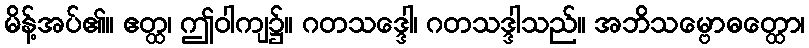
မိန့်အပ်၏။ ဧတ္ထ၊ ဤဝါကျ၌။ ဂတသဒ္ဒေါ၊ ဂတသဒ္ဒါသည်။ အဘိသမ္ဗောဓတ္ထော၊